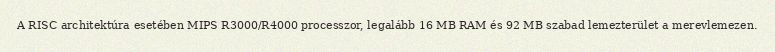
A RISC architektúra esetében MIPS R3000/R4000 processzor, legalább 16 MB RAM és 92 MB szabad lemezterület a merevlemezen.